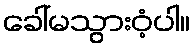
ခေါ်မသွားဝံ့ပါ။